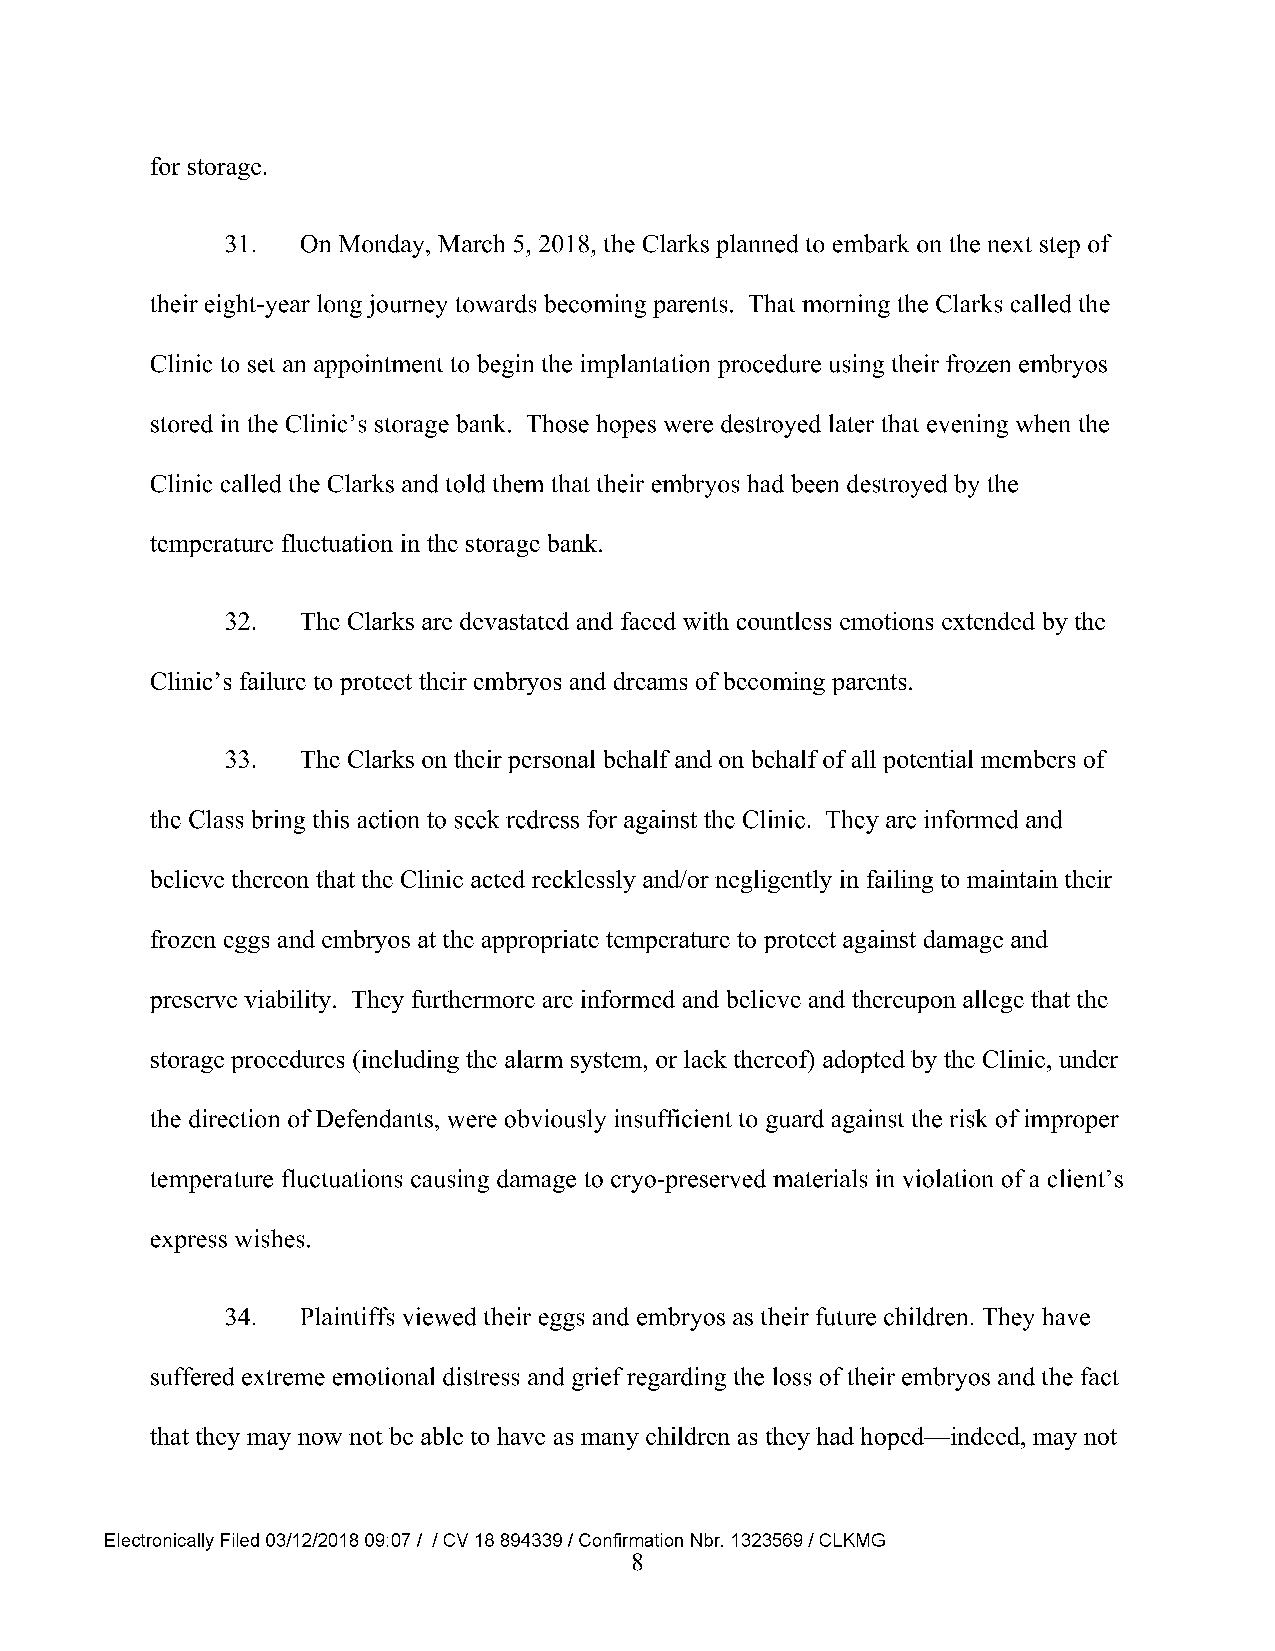
for storage.
 31.  On Monday, March 5, 2018, the Clarks planned to embark on the next step of
 their eight-year long journey towards becoming parents. That morning the Clarks called the
 Clinic to set an appointment to begin the implantation procedure using their frozen embryos
 stored in the Clinic’s storage bank. Those hopes were destroyed later that evening when the
 Clinic called the Clarks and told them that their embryos had been destroyed by the
 temperature fluctuation in the storage bank.
 32.  The Clarks are devastated and faced with countless emotions extended by the
 Clinic’s failure to protect their embryos and dreams of becoming parents.
 33.  The Clarks on their personal behalf and on behalf of all potential members of
 the Class bring this action to seek redress for against the Clinic. They are informed and
 believe thereon that the Clinic acted recklessly and/or negligently in failing to maintain their
 frozen eggs and embryos at the appropriate temperature to protect against damage and
 preserve viability. They furthermore are informed and believe and thereupon allege that the
 storage procedures (including the alarm system, or lack thereof) adopted by the Clinic, under
 the direction of Defendants, were obviously insufficient to guard against the risk of improper
 temperature fluctuations causing damage to cryo-preserved materials in violation of a client’s
 express wishes.
 34.  Plaintiffs viewed their eggs and embryos as their future children. They have
 suffered extreme emotional distress and grief regarding the loss of their embryos and the fact
 that they may now not be able to have as many children as they had hoped—indeed, may not
 Electronically Filed 03/12/2018 09:07 / / CV 18 894339 / Confirmation Nbr. 1323569 / CLKMG
 8